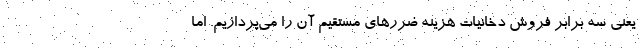
یعنی سه برابر فروش دخانیات هزینه ضررهای مستقیم آن را می‌پردازیم. اما